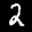
Label: 2